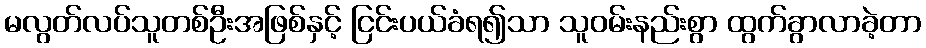
မလွတ်လပ်သူတစ်ဦးအဖြစ်နှင့် ငြင်းပယ်ခံရ၍သာ သူဝမ်းနည်းစွာ ထွက်ခွာလာခဲ့တာ